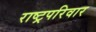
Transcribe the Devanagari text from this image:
राष्ट्रपरिवार